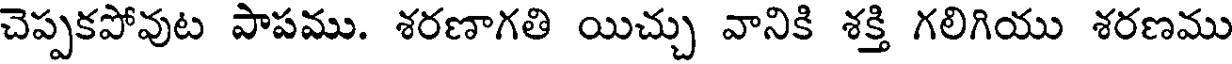
చెప్పకపోవుట పాపము. శరణాగతి యిచ్చు వానికి శక్తి గలిగియు శరణము